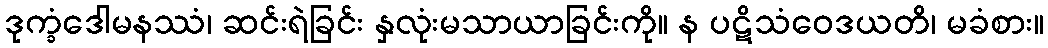
ဒုက္ခံဒေါမနဿံ၊ ဆင်းရဲခြင်း နှလုံးမသာယာခြင်းကို။ န ပဋိသံဝေဒယတိ၊ မခံစား။